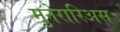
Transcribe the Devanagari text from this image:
मुनेरारिअस